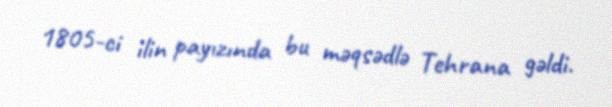
1805-ci ilin payızında bu məqsədlə Tehrana gəldi.